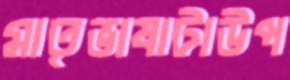
মাতৃভাষাটাউপ